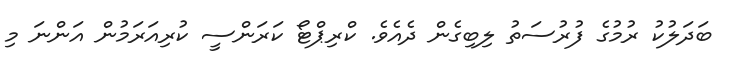
ބަދަލުކު ރުމުގެ ފުރުސަތު ލިބިގެން ދެއެވެ. ކްރިޕްޓޯ ކަރަންސީ ކުރިއަރަމުން އަންނަ މި